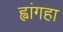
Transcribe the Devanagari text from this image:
ह्वांगहा